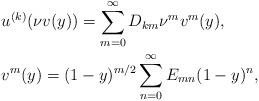
LaTeX: \begin{align*}\begin{aligned}& u^{(k)}(\nu v(y))=\sum\limits_{m=0}^\infty D_{km}\nu^m v^m(y),\\& v^m(y)=(1-y)^{m/2}\sum\limits_{n=0}^\infty E_{mn}(1-y)^n,\end{aligned}\end{align*}